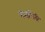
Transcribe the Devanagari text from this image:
धनगिरी